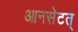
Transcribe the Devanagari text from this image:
आनसेटत्